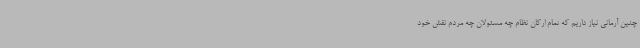
چنین آرمانی نیاز داریم که تمام ارکان نظام چه مسئولان چه مردم نقش خود